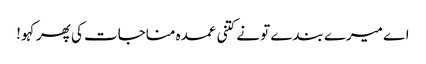
اے میرے بندے تو نے کتنی عمدہ مناجات کی پھر کہو !